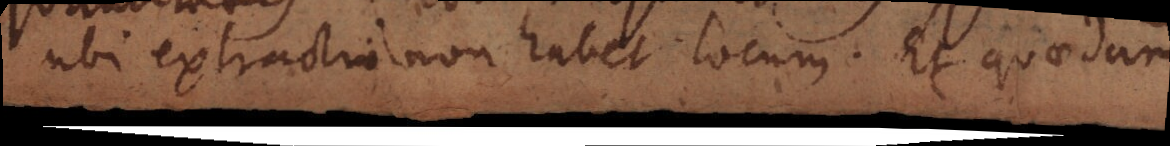
ubi extractio non habet locum. Et quaedam